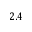
2 . 4